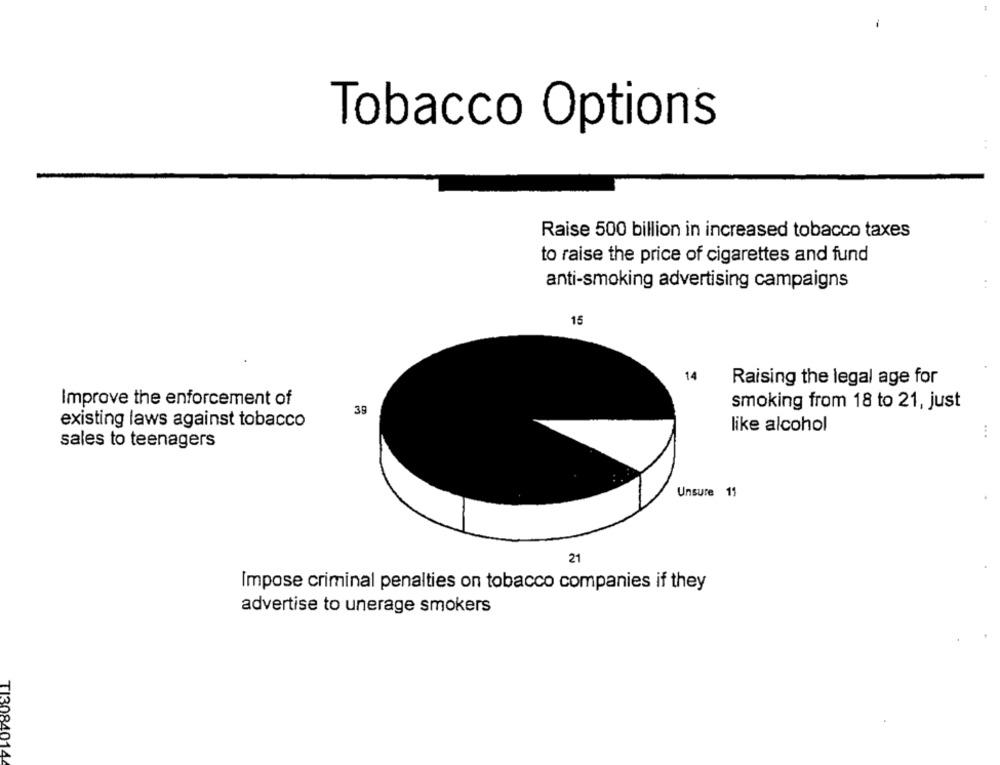
-
Tobacco Options
Raise 500 billion in increased tobacco taxes
to raise the price of cigarettes and fund
anti-smoking advertising campaigns
. .
15
14
Raising the legal age for
Improve the enforcement of
smoking from 18 to 21, just
39
existing laws against tobacco
like alcohol
.. .
sales to teenagers
Unsure 11
21
Impose criminal penalties on tobacco companies if they
advertise to unerage smokers
TI3084014